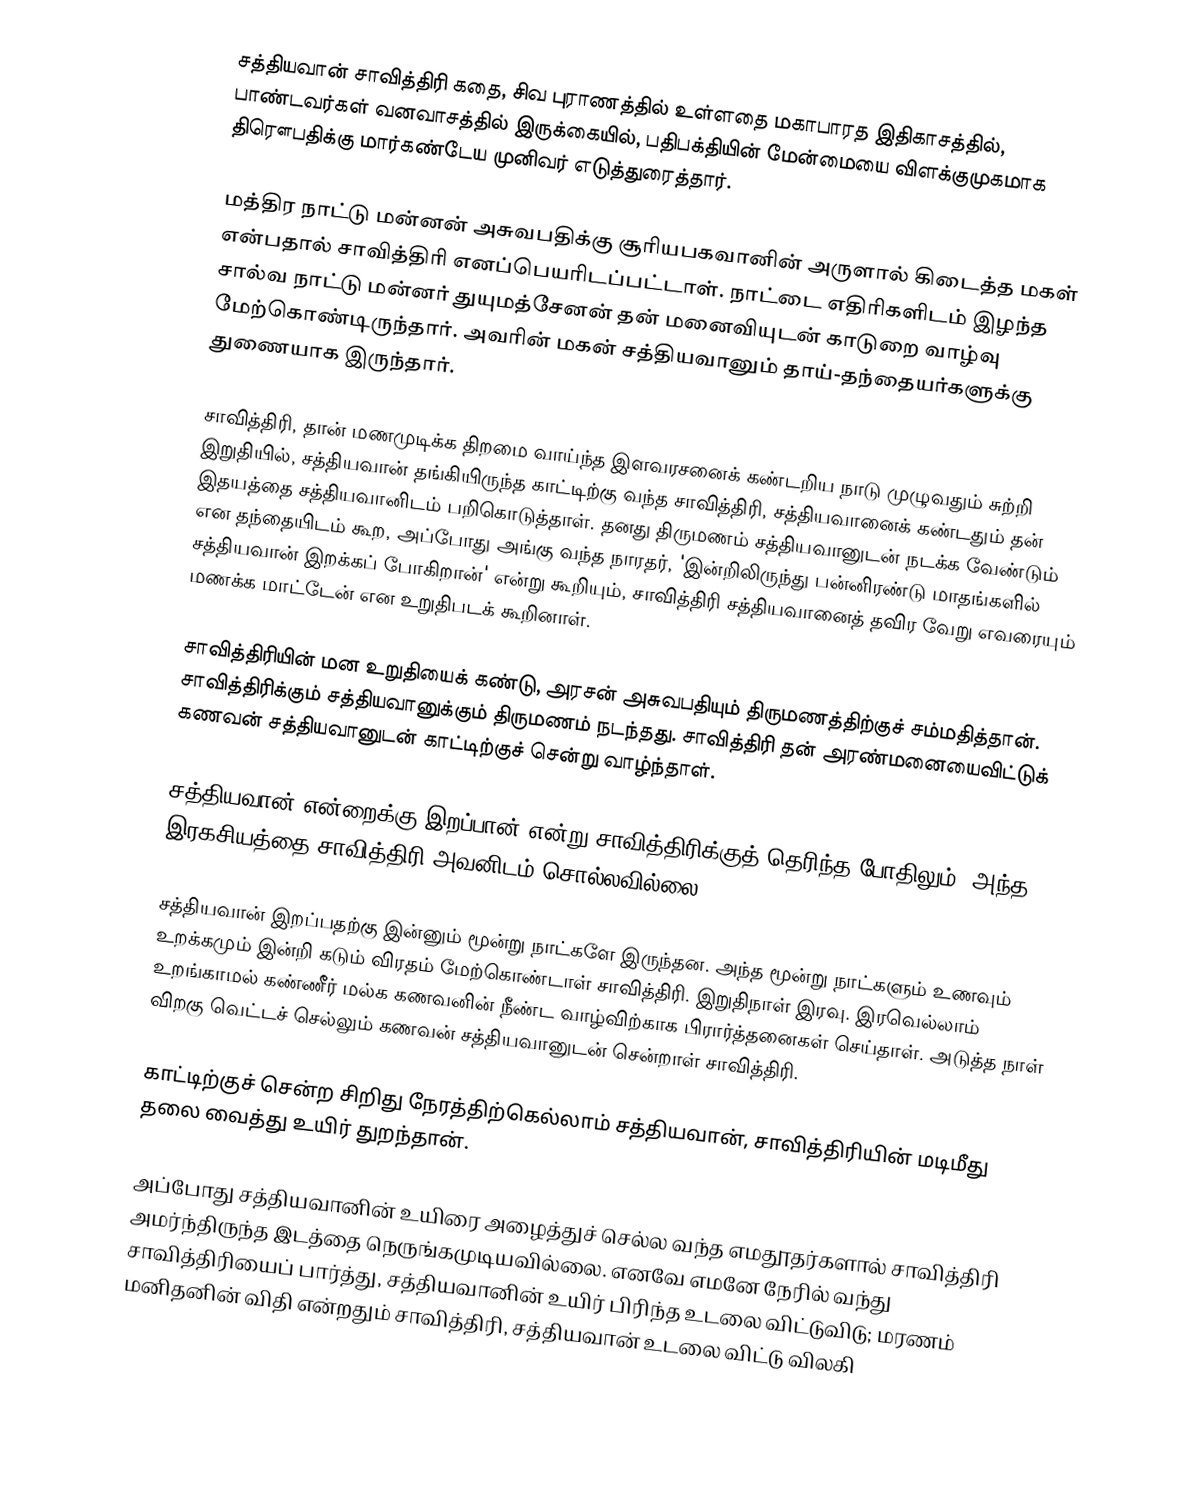
சத்தியவான் சாவித்திரி கதை, சிவ புராணத்தில் உள்ளதை மகாபாரத இதிகாசத்தில், பாண்டவர்கள் வனவாசத்தில் இருக்கையில், பதிபக்தியின் மேன்மையை விளக்குமுகமாக திரௌபதிக்கு மார்கண்டேய முனிவர் எடுத்துரைத்தார்.

மத்திர நாட்டு மன்னன் அசுவபதிக்கு சூரியபகவானின் அருளால் கிடைத்த மகள் என்பதால் சாவித்திரி எனப்பெயரிடப்பட்டாள். நாட்டை எதிரிகளிடம் இழந்த சால்வ நாட்டு மன்னர் துயுமத்சேனன் தன் மனைவியுடன் காடுறை வாழ்வு மேற்கொண்டிருந்தார். அவரின் மகன் சத்தியவானும் தாய்-தந்தையர்களுக்கு துணையாக இருந்தார்.

சாவித்திரி, தான் மணமுடிக்க திறமை வாய்ந்த இளவரசனைக் கண்டறிய நாடு முழுவதும் சுற்றி இறுதியில், சத்தியவான் தங்கியிருந்த காட்டிற்கு வந்த சாவித்திரி, சத்தியவானைக் கண்டதும் தன் இதயத்தை சத்தியவானிடம் பறிகொடுத்தாள். தனது திருமணம் சத்தியவானுடன் நடக்க வேண்டும் என தந்தையிடம் கூற, அப்போது அங்கு வந்த நாரதர், 'இன்றிலிருந்து பன்னிரண்டு மாதங்களில் சத்தியவான் இறக்கப் போகிறான்'  என்று கூறியும், சாவித்திரி சத்தியவானைத் தவிர வேறு எவரையும் மணக்க மாட்டேன் என உறுதிபடக் கூறினாள்.

சாவித்திரியின் மன உறுதியைக் கண்டு, அரசன் அசுவபதியும் திருமணத்திற்குச் சம்மதித்தான்.  சாவித்திரிக்கும் சத்தியவானுக்கும் திருமணம் நடந்தது.  சாவித்திரி தன் அரண்மனையைவிட்டுக் கணவன் சத்தியவானுடன் காட்டிற்குச் சென்று  வாழ்ந்தாள்.

சத்தியவான் என்றைக்கு இறப்பான் என்று சாவித்திரிக்குத் தெரிந்த போதிலும், அந்த இரகசியத்தை சாவித்திரி அவனிடம் சொல்லவில்லை.

சத்தியவான் இறப்பதற்கு இன்னும் மூன்று நாட்களே இருந்தன.  அந்த மூன்று நாட்களும் உணவும் உறக்கமும் இன்றி கடும் விரதம் மேற்கொண்டாள் சாவித்திரி.   இறுதிநாள் இரவு.  இரவெல்லாம் உறங்காமல் கண்ணீர் மல்க கணவனின் நீண்ட வாழ்விற்காக பிரார்த்தனைகள் செய்தாள்.  அடுத்த நாள்  விறகு வெட்டச் செல்லும் கணவன் சத்தியவானுடன் சென்றாள் சாவித்திரி.

காட்டிற்குச் சென்ற சிறிது நேரத்திற்கெல்லாம் சத்தியவான், சாவித்திரியின் மடிமீது தலை வைத்து உயிர் துறந்தான்.

அப்போது சத்தியவானின் உயிரை அழைத்துச் செல்ல வந்த எமதூதர்களால் சாவித்திரி அமர்ந்திருந்த இடத்தை  நெருங்கமுடியவில்லை.  எனவே எமனே நேரில் வந்து சாவித்திரியைப் பார்த்து, சத்தியவானின் உயிர் பிரிந்த உடலை விட்டுவிடு;  மரணம் மனிதனின் விதி என்றதும்  சாவித்திரி, சத்தியவான் உடலை விட்டு விலகி